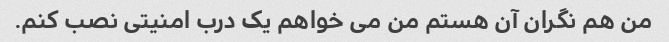
من هم نگران آن هستم من می خواهم یک درب امنیتی نصب کنم.